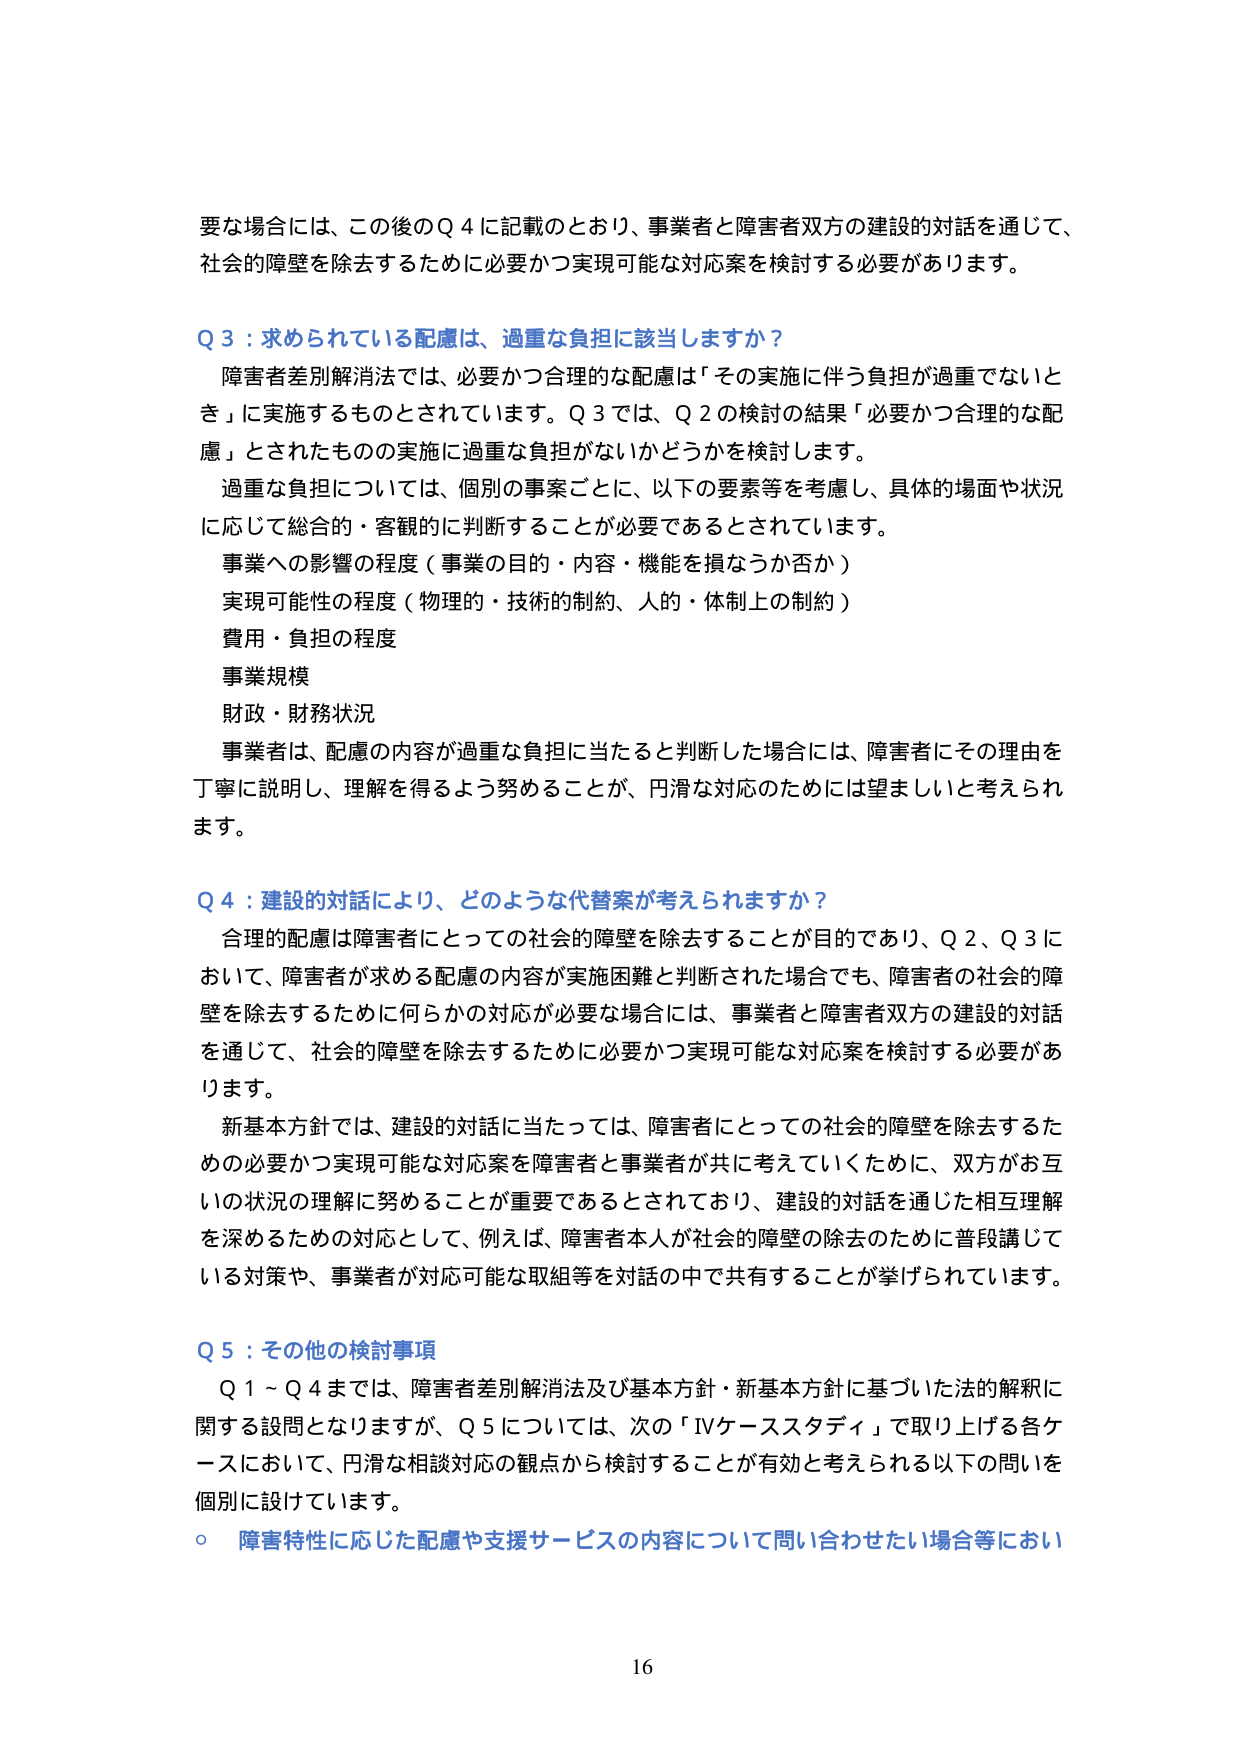
要な場合には、この後のQ 4に記載のとおり、事業者と障害者双方の建設的対話を通じて、
社会的障壁を除去するために必要かつ実現可能な対応案を検討する必要があります。

Q 3：求められている配慮は、過重な負担に該当しますか？
障害者差別解消法では、必要かつ合理的な配慮は「その実施に伴う負担が過重でないとき」に実施するものとされています。Q 3では、Q 2の検討の結果「必要かつ合理的な配慮」とされたものの実施に過重な負担がないかどうかを検討します。
過重な負担については、個別の事案ごとに、以下の要素等を考慮し、具体的場面や状況に応じて総合的・客観的に判断することが必要であるとされています。
事業への影響の程度（事業の目的・内容・機能を損なうか否か）
実現可能性の程度（物理的・技術的制約、人的・体制上の制約）
費用・負担の程度
事業規模
財政・財務状況
事業者は、配慮の内容が過重な負担に当たると判断した場合には、障害者にその理由を丁寧に説明し、理解を得るよう努めることが、円滑な対応のためには望ましいと考えられます。

Q 4：建設的対話により、どのような代替案が考えられますか？
合理的配慮は障害者にとっての社会的障壁を除去することが目的であり、Q 2、Q 3において、障害者が求める配慮の内容が実施困難と判断された場合でも、障害者の社会的障壁を除去するために何らかの対応が必要な場合には、事業者と障害者双方の建設的対話を通じて、社会的障壁を除去するために必要かつ実現可能な対応案を検討する必要があります。
新基本方針では、建設的対話に当たっては、障害者にとっての社会的障壁を除去するための必要かつ実現可能な対応案を障害者と事業者が共に考えていくために、双方がお互いの状況の理解に努めることが重要であるとされており、建設的対話を通じた相互理解を深めるための対応として、例えば、障害者本人が社会的障壁の除去のために普段講じている対策や、事業者が対応可能な取組等を対話の中で共有することが挙げられています。

Q 5：その他の検討事項
Q 1～Q 4までは、障害者差別解消法及び基本方針・新基本方針に基づいた法的解釈に関する設問となりますますが、Q 5については、次の「IVケーススタディ」で取り上げる各ケースにおいて、円滑な相談対応の観点から検討することが有効と考えられる以下の問いを個別に設けています。
○ 障害特性に応じた配慮や支援サービスの内容について問い合わせたい場合等におい

16